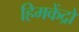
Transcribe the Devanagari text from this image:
हिमकेंद्रों